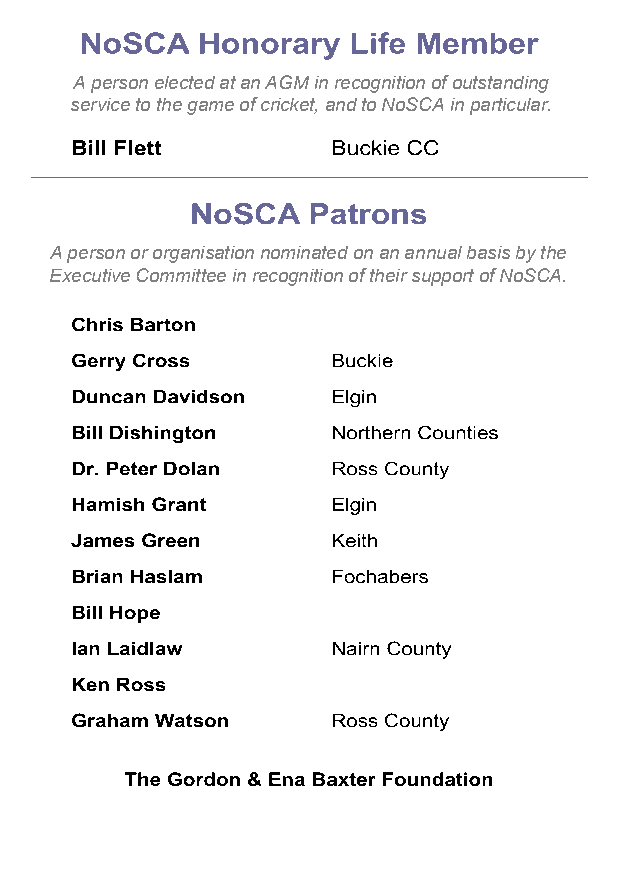
A person elected at an AGM in recognition of outstanding
 service to the game of cricket, and to NoSCA in particular.
 A person or organisation nominated on an annual basis by the
 Executive Committee in recognition of their support of NoSCA.